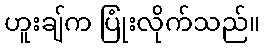
ဟူးချ်က ပြုံးလိုက်သည်။